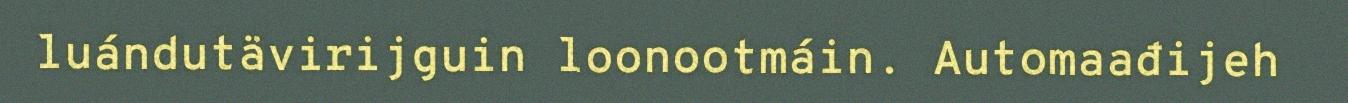
luándutävirijguin loonootmáin. Automaađijeh